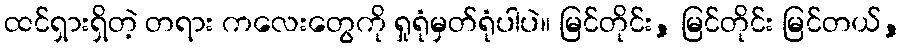
ထင်ရှားရှိတဲ့ တရား ကလေးတွေကို ရှုရုံမှတ်ရုံပါပဲ။ မြင်တိုင်း, မြင်တိုင်း မြင်တယ်,